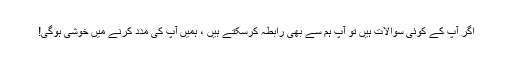
اگر آپ کے کوئی سوالات ہیں تو آپ ہم سے بھی رابطہ کرسکتے ہیں ، ہمیں آپ کی مدد کرنے میں خوشی ہوگی!